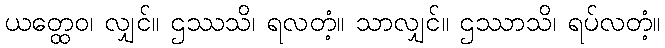
ယတ္ထေဝ၊ လျှင်။ ဌဿသိ၊ ရလတံ့။ သာလျှင်။ ဌဿာသိ၊ ရပ်လတံ့။